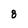
Character: 8